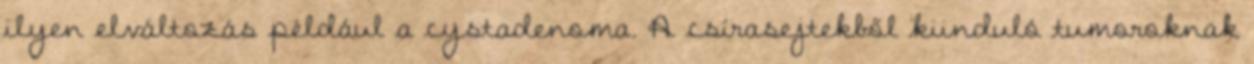
ilyen elváltozás például a cystadenoma. A csírasejtekből kiinduló tumoroknak